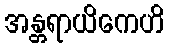
အန္တရာယိကေဟိ